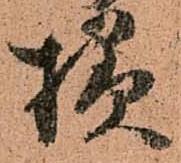
様